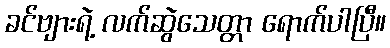
ခင်ဗျားရဲ့ လက်ဆွဲသေတ္တာ ရောက်ပါပြီ။